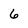
Character: 6